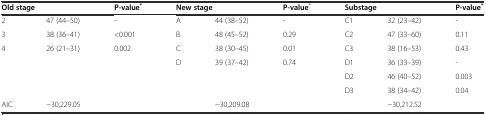
| <COLSPAN=2> Old stage | P-value* | <COLSPAN=2> New stage | P-value* | <COLSPAN=2> Substage | P-value* |
 | --- | --- | --- | --- | --- | --- | --- | --- | --- |
 | 2 | 47 (44–50) | - | A | 44 (38–52) | - | C1 | 32 (23–42) | - |
 | 3 | 38 (36–41) | <0.001 | B | 48 (45–52) | 0.29 | C2 | 47 (33–60) | 0.11 |
 | 4 | 26 (21–31) | 0.002 | C | 38 (30–45) | 0.01 | C3 | 38 (16–53) | 0.43 |
 |  |  |  | D | 39 (37–42) | 0.74 | D1 | 36 (33–39) | - |
 |  |  |  |  |  |  | D2 | 46 (40–52) | 0.003 |
 |  |  |  |  |  |  | D3 | 38 (34–42) | 0.04 |
 | AIC | -30,229.05 |  |  | -30,209.08 |  |  | -30,212.52 |  |